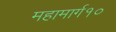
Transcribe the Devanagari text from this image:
महामार्ग१०